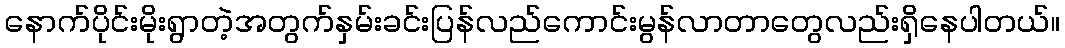
နောက်ပိုင်းမိုးရွာတဲ့အတွက်နှမ်းခင်းပြန်လည်ကောင်းမွန်လာတာတွေလည်းရှိနေပါတယ်။